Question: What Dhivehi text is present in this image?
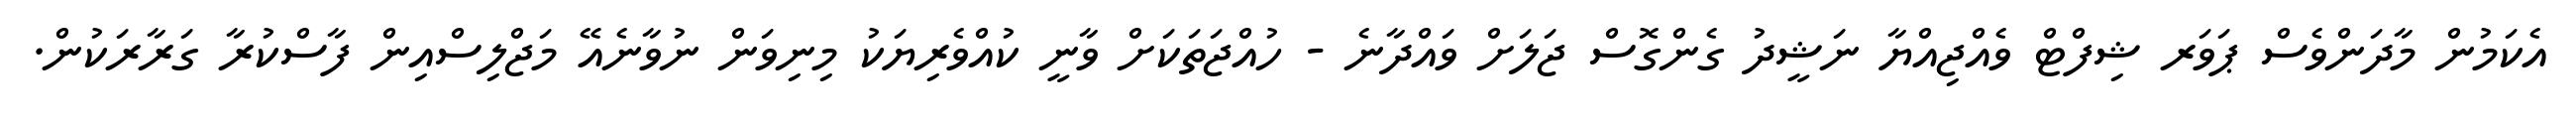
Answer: އެކަމުން މާދަންވެސް ޕަވަރ ޝިފްޓް ވެއްޖިއްޔާ ނަޝީދު ގެންގޮސް ޖަލަށް ވައްދާނެ - ހުއްޖަތަކަށް ވާނީ ކުއްވެރިޔަކު މިނިވަން ނުވާނެއޭ މަޖްލިސްއިން ފާސްކުރާ ގަރާރަކުން.